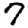
Digit: 7